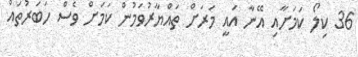
36 ކިލޯ ކަމަށާއި އޭނާ އައީ މަރަށް ތައްޔާރުވަމުން ކަމަށް ވެސް ހަބަރުތައް